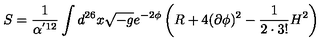
S = \frac { 1 } { \alpha ^ { ' 1 2 } } \int d ^ { 2 6 } x \sqrt { - g } e ^ { - 2 \phi } \left( R + 4 ( \partial \phi ) ^ { 2 } - \frac { 1 } { 2 \cdot 3 ! } H ^ { 2 } \right)